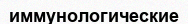
иммунологические